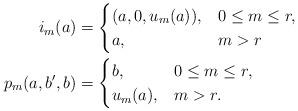
LaTeX: \begin{align*}i_m(a)&=\begin{cases} (a,0,u_m(a)), & 0\leq m\leq r,\\a, & m>r\end{cases} \quad\\p_m(a,b',b)&= \begin{cases} b, & 0\leq m\leq r,\\u_m(a), & m>r.\end{cases}\end{align*}